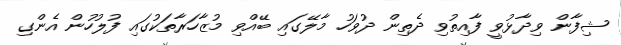
ޝިފާން ވިދާޅުވީ ފާއިތުވި ދެތިން ދުވަހު މާލޭގައި ބޭއްވި މުޒާހަރާތަކުގައި ފުލުހުން އެންގި